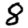
Digit: 8